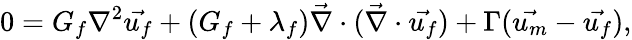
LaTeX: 0=G_{f}\nabla^{2}\vec{u_{f}}+(G_{f}+\lambda_{f})\vec{\nabla}\cdot(\vec{\nabla}\cdot\vec{u_{f}})+\Gamma(\vec{u_{m}}-\vec{u_{f}}),